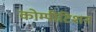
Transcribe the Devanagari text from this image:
कोम्पीटिशन